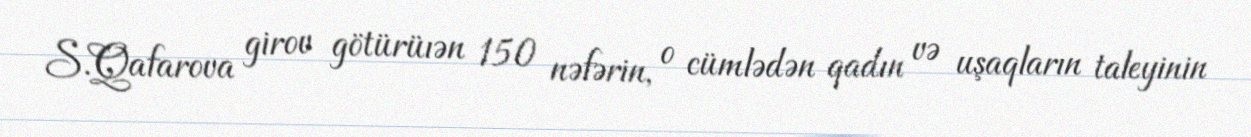
S.Qafarova girov götürüıən 150 nəfərin, o cümlədən qadın və uşaqların taleyinin